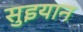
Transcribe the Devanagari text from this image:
सुइयान